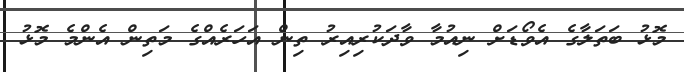
މޮޅު ބަތަލާގެ އެވޯޑަށް ނިއުމާ ވާދަކުރިއިރު ތިން އަހަރެއްގެ މަތިން އެންމެ މޮޅު